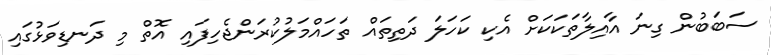
ސަބަބުން ގިނަ އާއިލާތަކަކަށް އެކި ކަހަލަ ދަތިތައް ތަހައްމަލުކުރަންޖެހިފައި އޮތް މި ދަނޑިވަޅުގައި